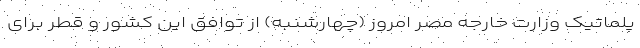
پلماتیک وزارت خارجه مصر امروز (چهارشنبه) از توافق این کشور و قطر برای